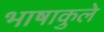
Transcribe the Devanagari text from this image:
भाषाकुले